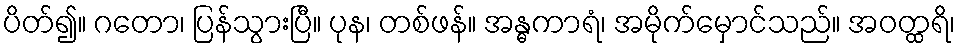
ပိတ်၍။ ဂတော၊ ပြန်သွားပြီ။ ပုန၊ တစ်ဖန်။ အန္ဓကာရံ၊ အမိုက်မှောင်သည်။ အဝတ္ထရိ၊